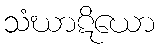
သံဃာဋိယော